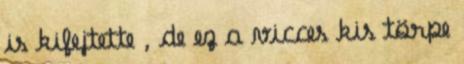
is kifejtette , de ez a vicces kis törpe